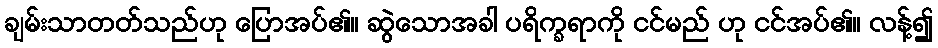
ချမ်းသာတတ်သည်ဟု ပြောအပ်၏။ ဆွဲသောအခါ ပရိက္ခရာကို ငင်မည် ဟု ငင်အပ်၏။ လန့်၍